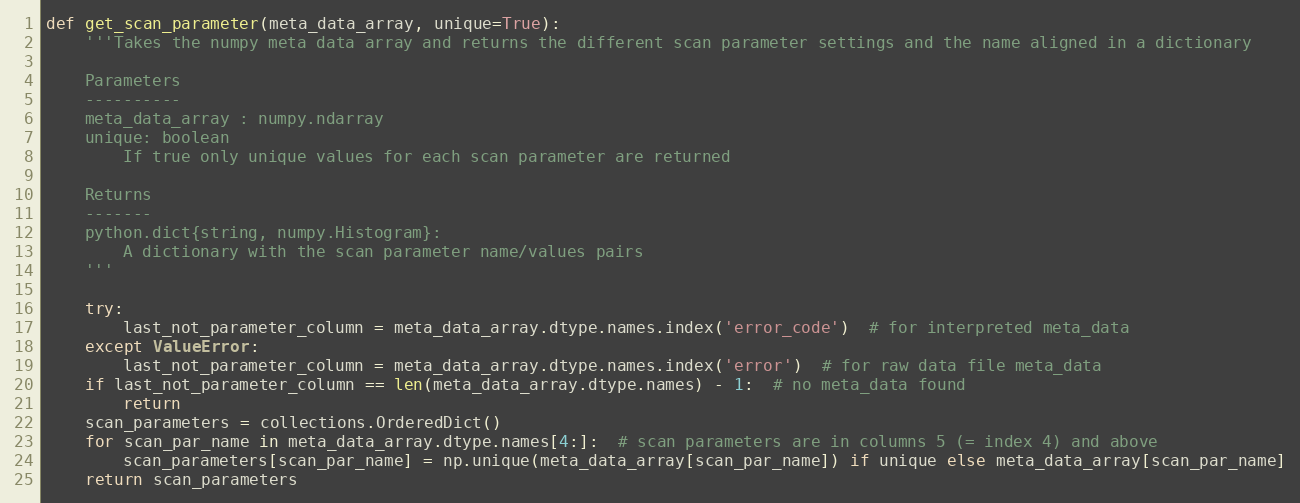
Language: Python
def get_scan_parameter(meta_data_array, unique=True):
    '''Takes the numpy meta data array and returns the different scan parameter settings and the name aligned in a dictionary

    Parameters
    ----------
    meta_data_array : numpy.ndarray
    unique: boolean
        If true only unique values for each scan parameter are returned

    Returns
    -------
    python.dict{string, numpy.Histogram}:
        A dictionary with the scan parameter name/values pairs
    '''

    try:
        last_not_parameter_column = meta_data_array.dtype.names.index('error_code')  # for interpreted meta_data
    except ValueError:
        last_not_parameter_column = meta_data_array.dtype.names.index('error')  # for raw data file meta_data
    if last_not_parameter_column == len(meta_data_array.dtype.names) - 1:  # no meta_data found
        return
    scan_parameters = collections.OrderedDict()
    for scan_par_name in meta_data_array.dtype.names[4:]:  # scan parameters are in columns 5 (= index 4) and above
        scan_parameters[scan_par_name] = np.unique(meta_data_array[scan_par_name]) if unique else meta_data_array[scan_par_name]
    return scan_parameters